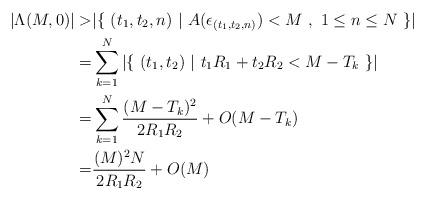
LaTeX: \begin{align*} |\Lambda(M,0)|>&|\{\,\,(t_{1},t_{2},n)\,\,|\,\,A(\epsilon_{(t_{1},t_{2},n)})<M\,\,,\,\,1\leq n\leq N\,\,\}|\\ =&\sum_{k=1}^{N}|\{\,\,(t_{1},t_{2})\,\,|\,\,t_{1}R_{1}+t_{2}R_{2}<M-T_{k}\,\,\}|\\ =&\sum_{k=1}^{N}\frac{(M-T_{k})^{2}}{2R_{1}R_{2}}+O(M-T_{k})\\ =&\frac{(M)^{2}N}{2R_{1}R_{2}}+O(M) \end{align*}